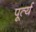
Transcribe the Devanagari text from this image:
पूर्त्य